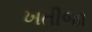
ખતીજા